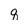
Character: q